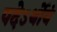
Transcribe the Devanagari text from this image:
पदेऽर्थोयं